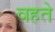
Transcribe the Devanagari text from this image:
वहते